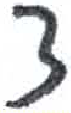
אות: צ